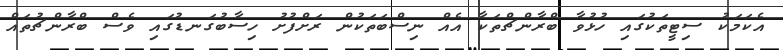
އެކަމަކު ސިޓީތަކުގައި ހުޅުވާ ބްރާންޗްތަކާ އެއް ނިސްބަތަކުން ރަށްފުށު ހިސާބުގަނޑުގައި ވެސް ބްރާންޗުތައް